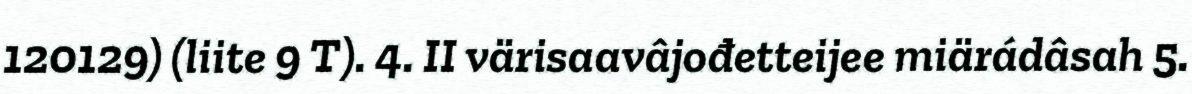
120129) (liite 9 T). 4. II värisaavâjođetteijee miärádâsah 5.